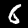
Digit: 6